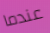
عندما